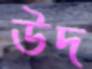
উদ